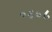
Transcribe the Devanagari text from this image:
०६०८